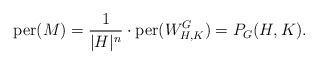
\begin{align*}\mathrm{per}(M) = \frac{1}{|H|^n} \cdot \mathrm{per}(W_{H,K}^G) = P_G(H,K). \end{align*}